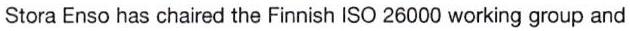
Stora Enso has chaired the Finnish ISO 26000 working group and